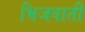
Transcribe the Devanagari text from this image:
भिजवाती